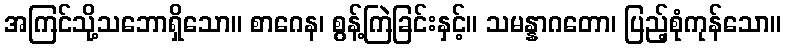
အကြင်သို့သဘောရှိသော။ စာဂေန၊ စွန့်ကြဲခြင်းနှင့်။ သမန္နာဂတော၊ ပြည့်စုံကုန်သော။